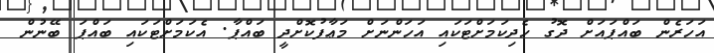
އަހަރެން ބައްޕައަށް ދޮގު ހެދިކަމަށްޓަކައި އަހަންނަށް މަޢާފުކޮށްދީ ބައްޕާ. އެކަމަށްޓަކައި ބައްޕަ ބޭނުން